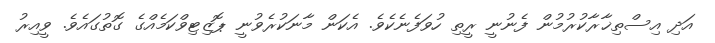
އަދި އިސްތިޚާރާކުރުމުން ފެނުނީ ރީތި ހުވަފެނެކެވެ. އެކަން މާނަކުރެވުނީ ޕޮޒިޓިވްކަމެއްގެ ގޮތުގައެވެ. ވީއިރު